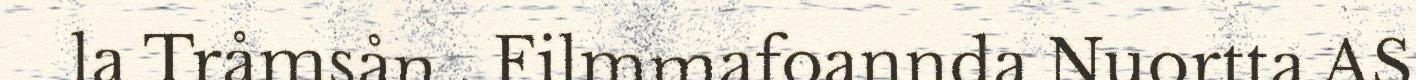
la Tråmsån . Filmmafoannda Nuortta AS